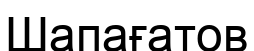
Шапағатов